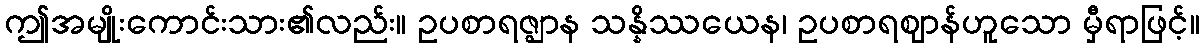
ဤအမျိုးကောင်းသား၏လည်း။ ဥပစာရဇ္ဈာန သန္နိဿယေန၊ ဥပစာရဈာန်ဟူသော မှီရာဖြင့်။